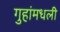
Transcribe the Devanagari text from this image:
गुहांमधली